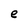
Character: e